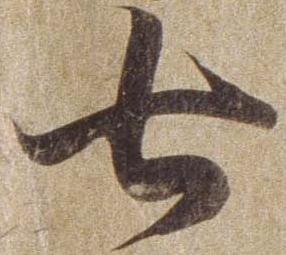
七